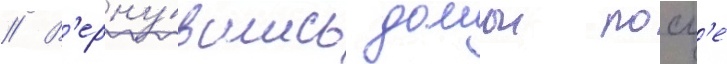
// В'ерну́вшись домои посл'е